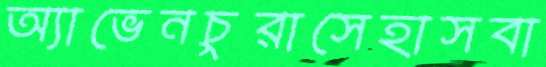
অ্যাভেনচুরাসেহাসবা